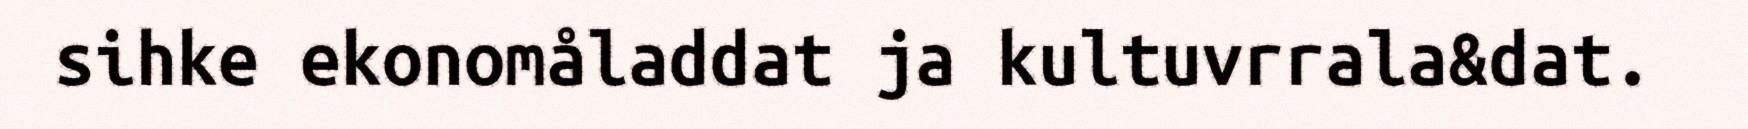
sihke ekonomåladdat ja kultuvrrala&dat.